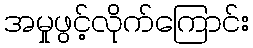
အမှုဖွင့်လိုက်ကြောင်း